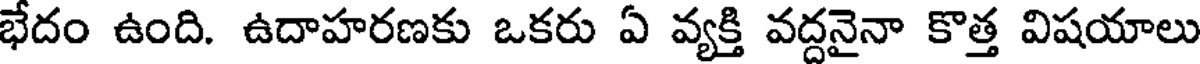
భేదం ఉంది. ఉదాహరణకు ఒకరు ఏ వ్యక్తి వద్దనైనా కొత్త విషయాలు